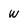
Character: W